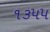
૧૩૫૫